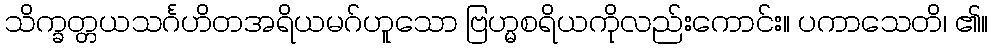
သိက္ခတ္တယသင်္ဂဟိတအရိယမဂ်ဟူသော ဗြဟ္မစရိယကိုလည်းကောင်း။ ပကာသေတိ၊ ၏။